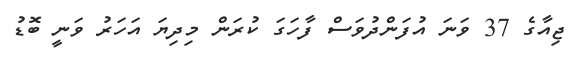
ޖިއާގެ 37 ވަނަ އުފަންދުވަސް ފާހަގަ ކުރަން މިދިޔަ އަހަރު ވަނީ ބޮޑު